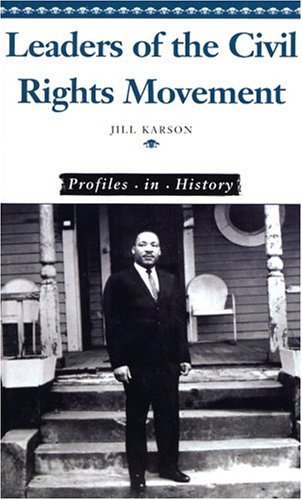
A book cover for Leaders of the Civil Rights Movement (Profiles in History); Jill Karson; Teen & Young Adult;